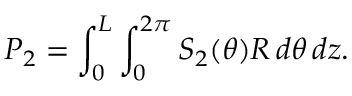
P _ { 2 } = \int _ { 0 } ^ { L } \int _ { 0 } ^ { 2 \pi } S _ { 2 } ( \theta ) R \, d \theta \, d z .